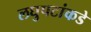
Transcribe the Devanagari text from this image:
लघुपटांकडे